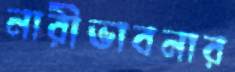
নারীভাবনার